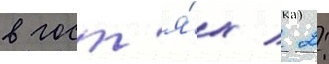
в гост'я́х / 2: